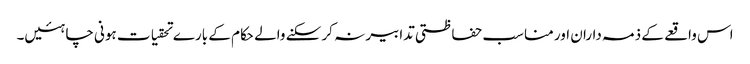
اس واقعے کے ذمہ داران اور مناسب حفاظتی تدابیر نہ کر سکنے والے حکام کے بارے تحقیات ہونی چاہئیں۔